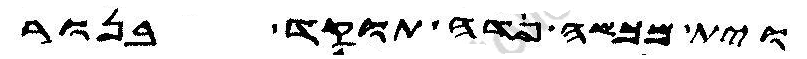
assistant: וית מכששכה וית פרדה תוקד בנור